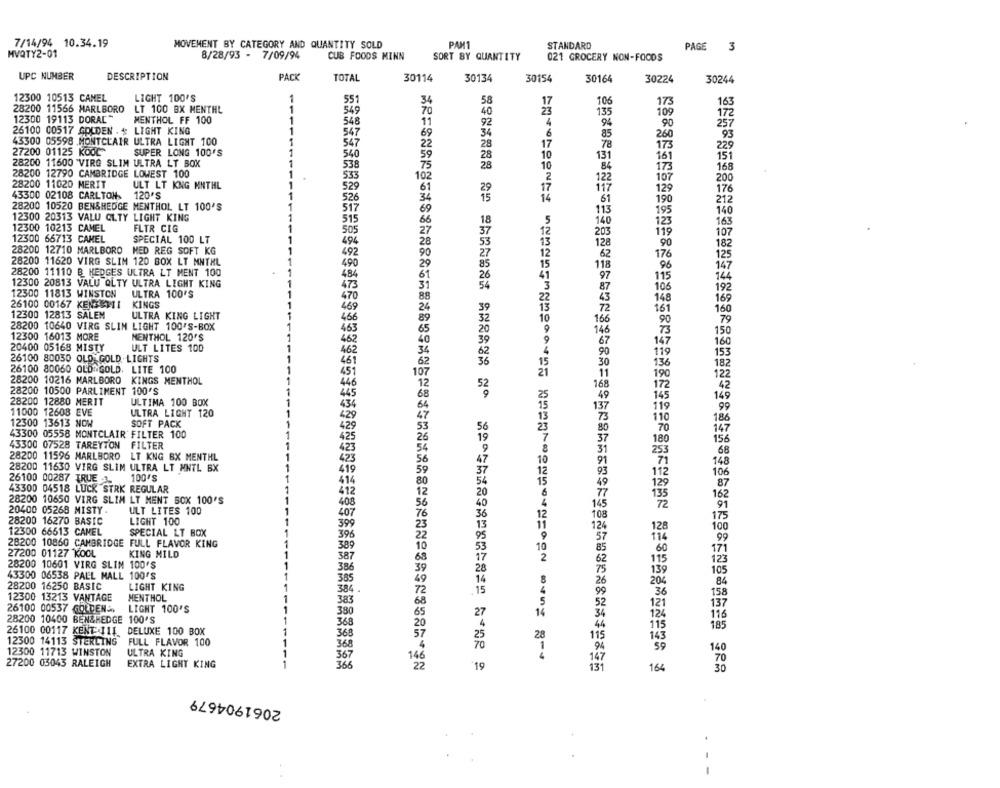
7/14/94 10.34.19
MOVEMENT BY CATEGORY AND QUANTITY SOLD
PANT
STANDARD
PAGE
3
HVQTY2-01
8/28/93 - 7/09/94
CUB FOODS MINN
SORT BY QUANTITY
021 GROCERY NON-FOODS
UPC NUMBER
DESCRIPTION
PACK
TOTAL
30114
30134
30154
30164
30224
30244
12300 10513 CAMEL
LIGHT 100'S
1
55
34
58
17
106
173
163
28200 11566 MARLBORO
LT 100 BX MENTHL
1
549
70
40
23
135
109
12300 19113 DORAL"
1
172
MENTHOL FF 100
548
11
92
4
94
90
257
26100 00517 GOLDEN . $ LIGHT KING
1
547
69
34
6
260
93
43300 05598 .MONTCLAIR ULTRA LIGHT 100
547
22
85
28
17
78
173
229
27200 01125 Kode
SUPER LONG 100'S
1
540
28
10
131
161
151
28200 11600 'VIRG SLIM ULTRA LT BOX
1
538
28
10
84
28200 12790 CAMBRIDGE LOWEST 100
1
173
168
533
102
2
122
107
200
28200 11020 MERIT
ULT LT KNG MNTHL
529
117
129
176
43300 02108 CARLTON
120'S
1
61
526
190
212
28200 10520 BEN&HEDGE MENTHOL LT 100'S
517
113
195
140
12300 20313 VALU QLTY LIGHT KING
515
140
123
163
12300 10213 CAMEL
FLTR CIG
505
203
119
107
12300 66713 CAMEL
SPECIAL 100 LT
494
128
90
182
28200 12710 MARLBORO MED REG SOFT KG
492
62
28200 11620 VIRG SLIM 120 BOX LT MNTHL
176
125
490
118
147
28200 11110 B HEDGES ULTRA LT MENT 100
484
97
115
144
12300 20813 VALU QLTY ULTRA LIGHT KING
ULTRA 100'S
87
106
192
12300 11813 WINSTON
148
169
26100 00167 KENTI
KINGS
469
16
12300 12813 SALEM
ULTRA KING LIGHT
--
466
166
90
79
28200 10640 VIRG SLIN LIGHT 100'S-BOX
463
14
73
150
12300 16013 MORE
MENTHOL 120'S
462
67
20400 05168 MISTY
ULT LITES 100
147
160
462
90
119
153
26100 80030 OLD GOLD LIGHTS
461
136
26100 80060 OLD GOLD. LITE 100
451
182
190
122
28200 10216 MARLBORO KINGS MENTHOL
52
168
172
42
28200 10500 PARLIMENT 100'S
445
49
28200 12880 MERIT
ULTIMA 100 BOX
145
149
434
119
99
11000 12608 EVE
ULTRA LIGHT 120
110
186
12300 13613 NOW
SOFT PACK
43300 05558 MONTCLAIR FILTER 100
70
147
180
156
43300 07528 TAREYTON FILTER
28200 11596 MARLBORO LT KNG BX MENTHL
423
253
68
91
71
148
28200 11630 VIRG SLIM ULTRA LT MNTL BX
93
112
26100 00287 TRUE .
100'S
106
43300 04518 LUCK STRK REGULAR
129
87
412
135
162
28200 10650 VIRG SLIM LT MENT BOX 100'S
408
72
20400 05268 MISTY
ULT LITES 100
407
28200 16270 BASIC
LIGHT 100
08
175
11
399
124
128
100
12300 66513 CAMEL
SPECIAL LT BOX
1
396
114
99
28200 10860 CAMBRIDGE FULL FLAVOR KING
1
389
60
171
27200 01127 KOOL
KING MILD
1
387
115
123
28200 10601 VIRG SLIM 100'S
1
43300 06538 PALL MALL 100'S
139
105
385
26
204
84
28200 16250 BASIC
LIGHT KING
1
384
99
36
12300 13213 VANTAGE
MENTHOL
1
383
158
52
121
137
26100 00537 GOLDEN
LIGHT 100'S
1
380
34
124
116
28200 10400 BEN&HEDGE 100'S
1
368
26100 00117 KENT:111
DELUXE 100 BOX
44
115
185
368
28
115
143
12300 14113 STERLING
FULL FLAVOR 100
368
12300 11713 WINSTON
ULTRA KING
1
140
27200 03043 RALEIGH
367
70
EXTRA LIGHT KING
1
2716229970634662290263828654320123443243980125%6222108394978652077442
19
131
164
30
2061904679